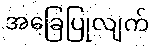
အခြေပြုလျက်